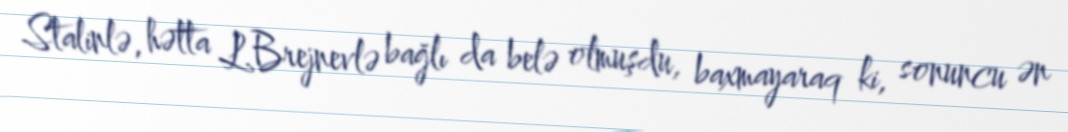
Stalinlə, hətta L.Brejnevlə bağlı da belə olmuşdu, baxmayaraq ki, sonuncu ən